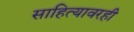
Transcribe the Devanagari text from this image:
साहित्यावरही